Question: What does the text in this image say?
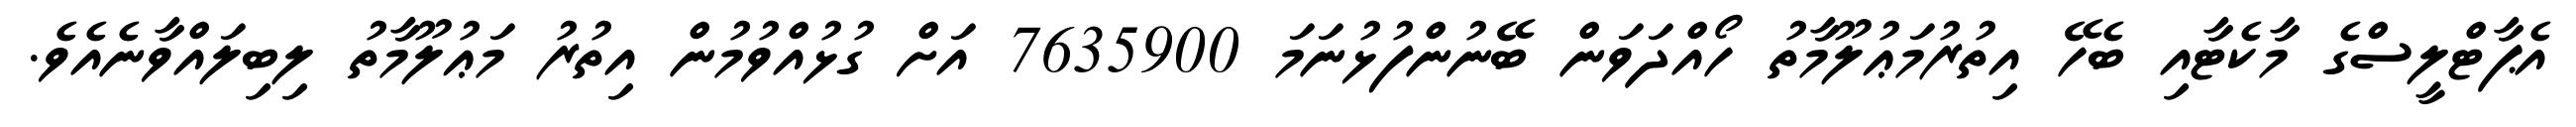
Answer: އެޕާޓްލީސްގެ މާކެޓާއި ބެހޭ އިތުރުމަޢުލޫމާތު ހޯއްދަވަން ބޭނުންފުޅުނަމަ 7635900 އަށް ގުޅުއްވުމުން އިތުރު މަޢުލޫމާތު ލިބިލައްވާނެއެވެ.